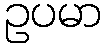
ဥပမာ